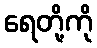
ရေတို့ကို